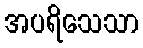
အပရိသေသာ